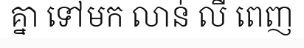
គ្នា ទៅមក លាន់ លឺ ពេញ